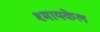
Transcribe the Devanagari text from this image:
श्मायकेल